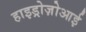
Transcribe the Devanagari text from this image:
हाइड्रोज़ोआई